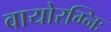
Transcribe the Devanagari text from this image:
वायोरग्निः